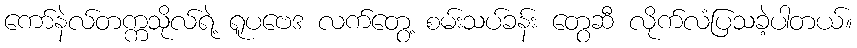
ကော်နဲလ်တက္ကသိုလ်ရဲ့ ရူပဗေဒ လက်တွေ့ စမ်းသပ်ခန်း တွေဆီ လိုက်လံပြသခဲ့ပါတယ်။